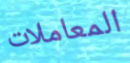
المعاملات